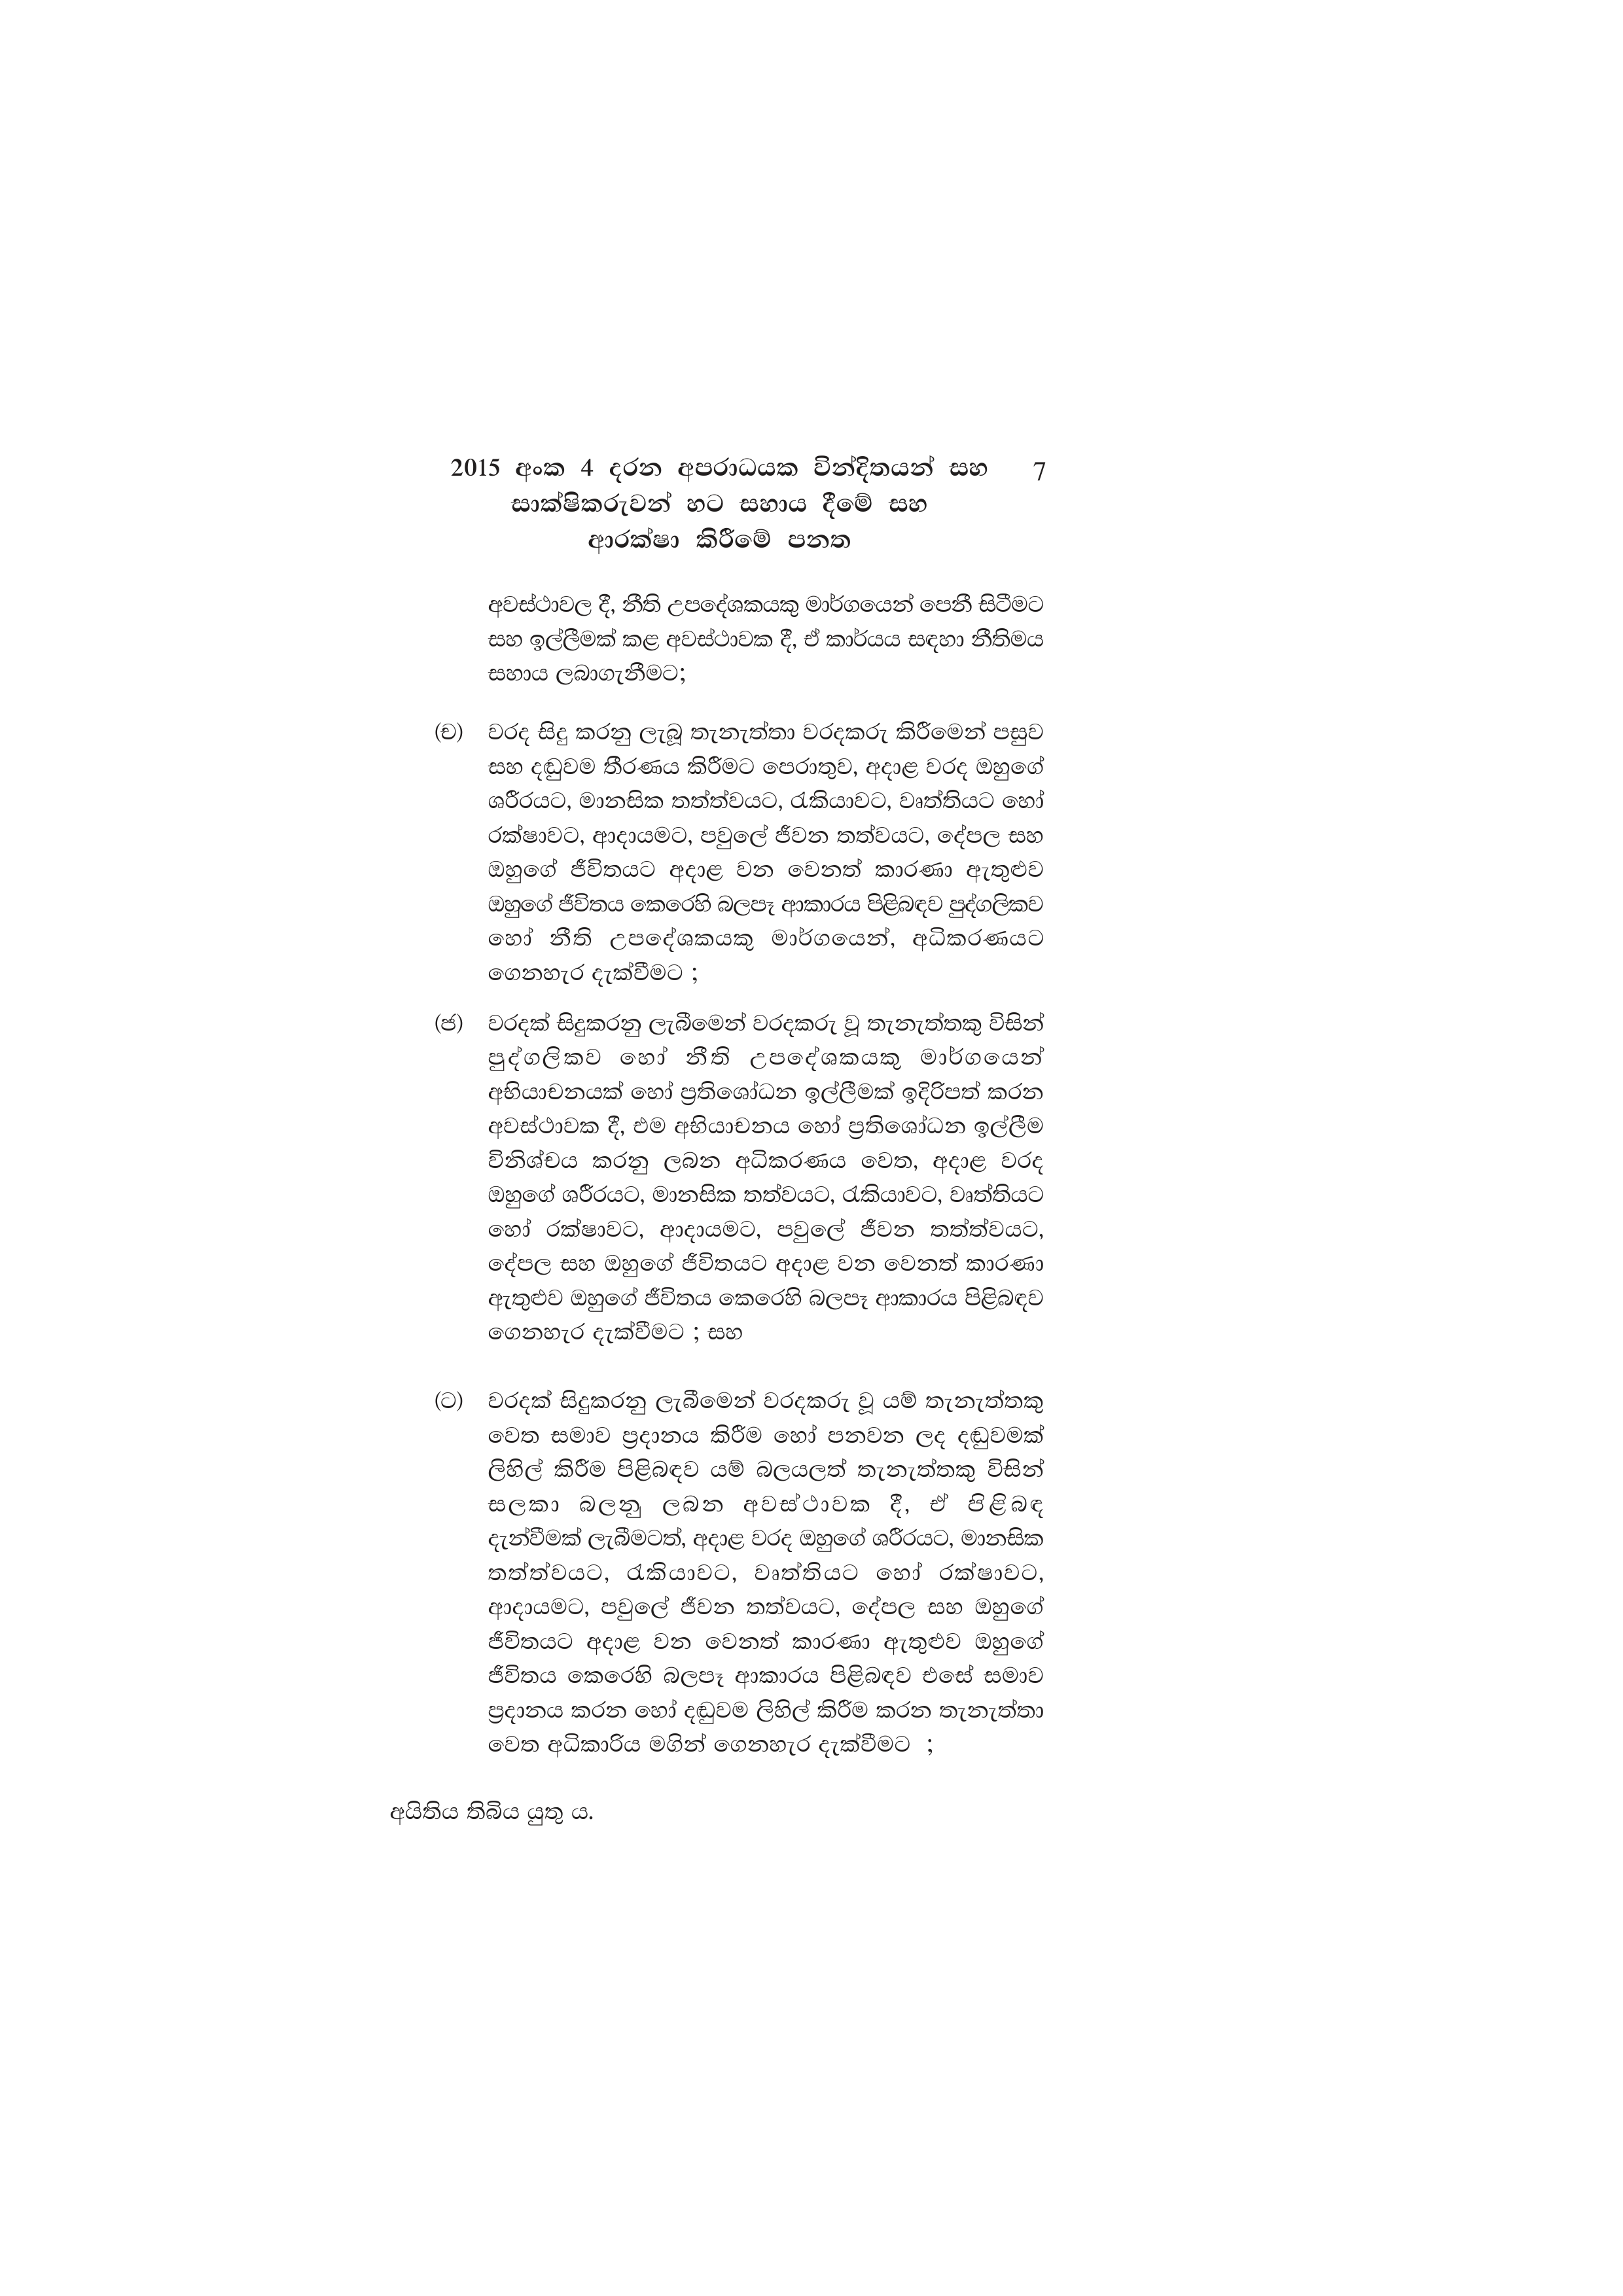
2015 අංක 4 දරන අපරාධයක වින්දිතයන් සහ 7
සාක්ෂිකරුවන් හට සහාය දීමේ සහ
ආරක්ෂා කිරීමේ පනත

අවස්ථාවල දී, නීති උපදේශකයකු මාර්ගයෙන් පෙනී සිටීමට
සහ ඉල්ලීමක් කළ අවස්ථාවක දී, ඒ කාර්යය සඳහා නීතිමය
සහාය ලබාගැනීමට;

(ච) වරද සිදු කරනු ලැබූ තැනැත්තා වරදකරු කිරීමෙන් පසුව
සහ දඬුවම තීරණය කිරීමට පෙරාතුව, අදාළ වරද ඔහුගේ
ශරීරයට, මානසික තත්ත්වයට, රැකියාවට, වෘත්තියට හෝ
රක්ෂාවට, ආදායමට, පවුලේ ජීවන තත්වයට, දේපල සහ
ඔහුගේ ජීවිතයට අදාළ වන වෙනත් කාරණා ඇතුළුව
ඔහුගේ ජීවිතය කෙරෙහි බලපෑ ආකාරය පිළිබඳව පුද්ගලිකව
හෝ නීති උපදේශකයකු මාර්ගයෙන්, අධිකරණයට
ගෙනහැර දැක්වීමට ;

(ජ) වරදක් සිදුකරනු ලැබීමෙන් වරදකරු වූ තැනැත්තකු විසින්
පුද්ගලිකව හෝ නීති උපදේශකයකු මාර්ගයෙන්
අභියාචනයක් හෝ ප්‍රතිශෝධන ඉල්ලීමක් ඉදිරිපත් කරන
අවස්ථාවක දී, එම අභියාචනය හෝ ප්‍රතිශෝධන ඉල්ලීම
විනිශ්චය කරනු ලබන අධිකරණය වෙත, අදාළ වරද
ඔහුගේ ශරීරයට, මානසික තත්වයට, රැකියාවට, වෘත්තියට
හෝ රක්ෂාවට, ආදායමට, පවුලේ ජීවන තත්ත්වයට,
දේපල සහ ඔහුගේ ජීවිතයට අදාළ වන වෙනත් කාරණා
ඇතුළුව ඔහුගේ ජීවිතය කෙරෙහි බලපෑ ආකාරය පිළිබඳව
ගෙනහැර දැක්වීමට ; සහ

(ට) වරදක් සිදුකරනු ලැබීමෙන් වරදකරු වූ යම් තැනැත්තකු
වෙත සමාව ප්‍රදානය කිරීම හෝ පනවන ලද දඬුවමක්
ලිහිල් කිරීම පිළිබඳව යම් බලයලත් තැනැත්තකු විසින්
සලකා බලනු ලබන අවස්ථාවක දී, ඒ පිළිබඳ
දැන්වීමක් ලැබීමටත්, අදාළ වරද ඔහුගේ ශරීරයට, මානසික
තත්ත්වයට, රැකියාවට, වෘත්තියට හෝ රක්ෂාවට,
ආදායමට, පවුලේ ජීවන තත්වයට, දේපල සහ ඔහුගේ
ජීවිතයට අදාළ වන වෙනත් කාරණා ඇතුළුව ඔහුගේ
ජීවිතය කෙරෙහි බලපෑ ආකාරය පිළිබඳව එසේ සමාව
ප්‍රදානය කරන හෝ දඬුවම ලිහිල් කිරීම කරන තැනැත්තා
වෙත අධිකාරිය මගින් ගෙනහැර දැක්වීමට ;

අයිතිය තිබිය යුතු ය.